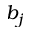
b _ { j }